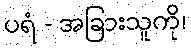
ပရံ - အခြားသူကို၊